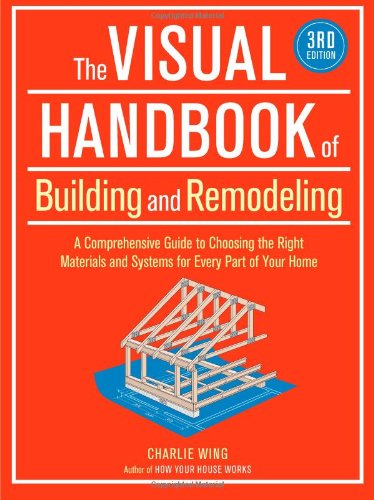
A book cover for The Visual Handbook of Building and Remodeling, 3rd Edition; Charlie G. Wing; Crafts, Hobbies & Home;